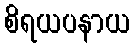
စိရယပနာယ